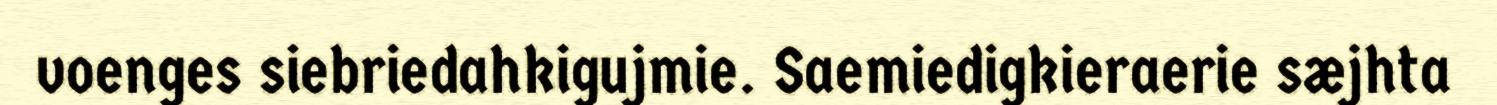
voenges siebriedahkigujmie. Saemiedigkieraerie sæjhta